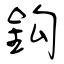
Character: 鈎